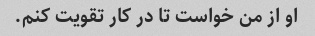
او از من خواست تا در کار تقویت کنم.